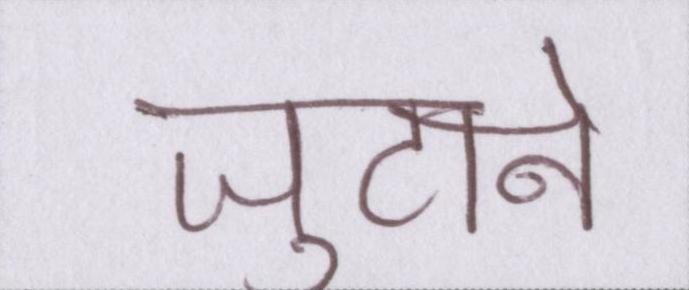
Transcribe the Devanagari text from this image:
जुटाने